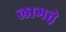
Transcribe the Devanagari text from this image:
लागत़े